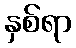
နှစ်ရာ